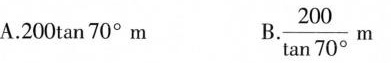
A.200\tan70^{\circ}}m \frac{200}{\tan 70^{\circ}}m